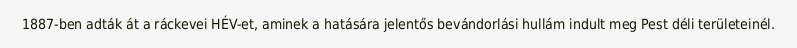
1887-ben adták át a ráckevei HÉV-et, aminek a hatására jelentős bevándorlási hullám indult meg Pest déli területeinél.